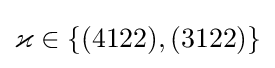
\varkappa \in \{(4122),(3122)\}